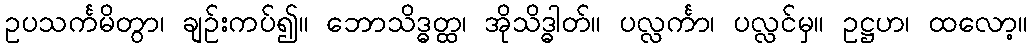
ဥပသင်္ကမိတွာ၊ ချဉ်းကပ်၍။ ဘောသိဒ္ဓတ္ထ၊ အိုသိဒ္ဓါတ်။ ပလ္လင်္ကာ၊ ပလ္လင်မှ။ ဥဋ္ဌဟ၊ ထလော့။